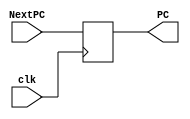
`timescale 1ns / 1ps
// Bloque del registro PC que pasa el valor de entrada hacia su salida por cada flanco positivo de reloj.
// Entradas: PC y clk.
//	Salidas: NextPC.	
/* 
	Procedimiento: 
	Con el cambio del clk se actualiza la salida con el dato que se encuentra a la entrada.
*/
module PC	( 
				input clk,
				input wire [31:0] NextPC,
				output reg [31:0] PC
				);
initial 
	PC = 32'b0;
always@(posedge clk)
	PC <= NextPC;
endmodule